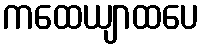
ကထေယျာထပေ